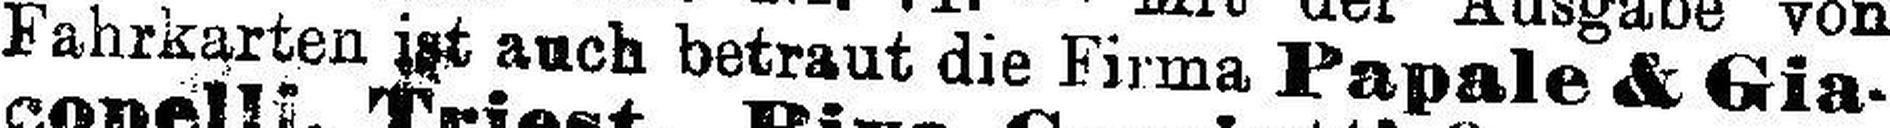
Fahrkarten ist auch betraut die Firma Papale & Gia¬